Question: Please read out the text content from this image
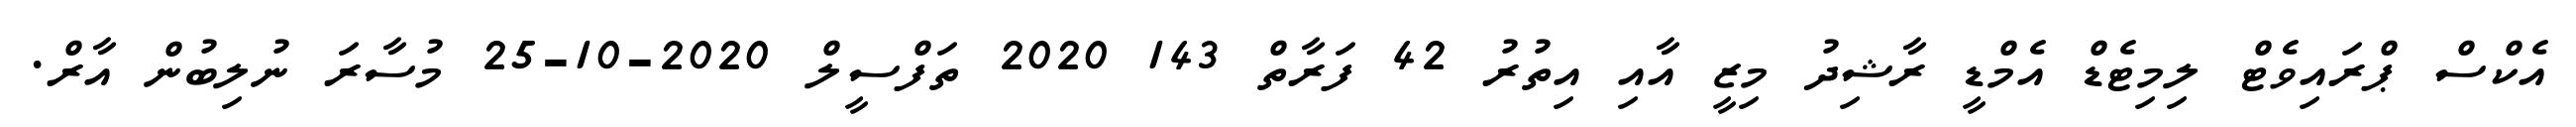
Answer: އެކްސް ޕްރައިވެޓް ލިމިޓެޑް އެމްޑީ ރާޝިދު މިޒީ އާއި އިތުރު 42 ފަރާތް 143 2020 ތަފްސީލް 2020-10-25 މުސާރަ ނުލިބުން އާރް.